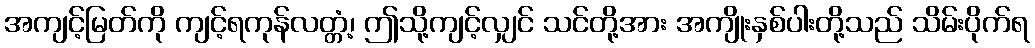
အကျင့်မြတ်ကို ကျင့်ရကုန်လတ္တံ့၊ ဤသို့ကျင့်လျှင် သင်တို့အား အကျိုးနှစ်ပါးတို့သည် သိမ်းပိုက်ရ